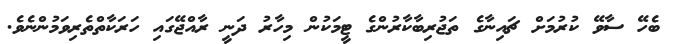
ބެހޭ ސާވޭ ކުރުމަށް ޗައިނާގެ ތަޖުރިބާކާރުންގެ ޓީމަކުން މިހާރު ދަނީ ރާއްޖޭގައި ހަރަކާތްތެރިވަމުންނެވެ.